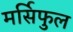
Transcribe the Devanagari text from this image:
मर्सिफुल